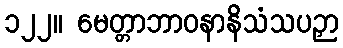
၁၂၂။ မေတ္တာဘာဝနာနိသံသပဉှာ